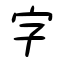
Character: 字